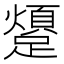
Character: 𨆜